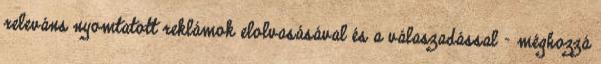
releváns nyomtatott reklámok elolvasásával és a válaszadással - méghozzá